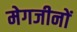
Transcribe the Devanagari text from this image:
मेगजीनों